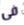
فى